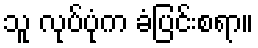
သူ လုပ်ပုံက ခံပြင်းစရာ။